Civil Veterinary Dept. Bombay admin report 1923-31 - 1923-1931
Year: 1923
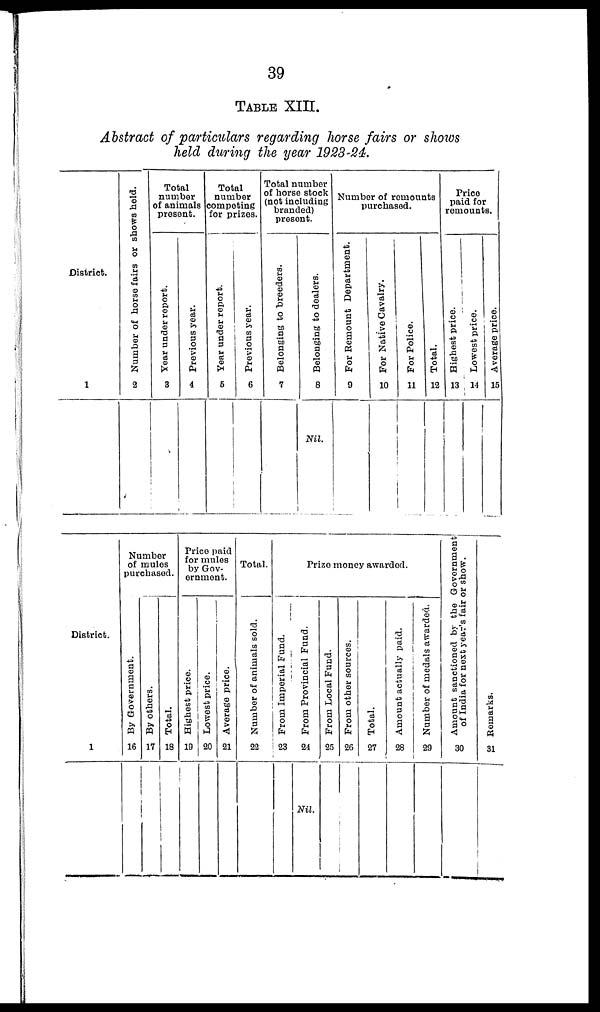
39
TABLE XIII.
Abstract of particulars regarding horse fairs or shows
held during the year 1923-24.
District.
1
Number of horse fairs or shows held.
2
Total
number
of animals
present.
Year under report.
3
Previous year.
4
Total
number
competing
for prizes.
Year under report.
5
Previous year.
6
Total number
of horse stock
(not including
branded)
present.
Belonging to breeders.
7
Belonging to dealers.
8
Nil.
Number of remounts
purchased.
For Remount Department.
9
For Native Cavalry.
10
For Police.
11
Total.
12
Price
paid for
remounts.
Highest price.
13
Lowest price.
14
Average price.
15
District.
1
Number
of mules
purchased.
By Government.
16
By others.
17
Total.
18
Price paid
for mules
by Gov-
ernment.
Highest price.
19
Lowest price.
20
Average price.
21
Total.
Number of animals sold.
22
Prize money awarded.
From Imperial Fund.
23
From Provincial Fund.
24
Nil.
From Local Fund.
25
From other sources.
26
Total.
27
Amount actually paid.
28
Number of medals awarded.
29
Amount sanctioned by the Government
of India for next year's fair or show.
30
Remarks.
31